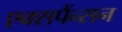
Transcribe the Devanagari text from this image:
एक्सपैंन्सन